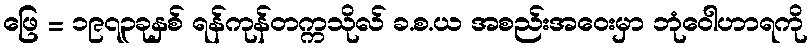
ဖြေ = ၁၉၇၃ခုနှစ် ရန်ကုန်တက္ကသိုလ် ခ.စ.ယ အစည်းအဝေးမှာ ဘုံဝေါဟာရကို